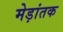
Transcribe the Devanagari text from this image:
मेड़ांतक